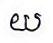
យ